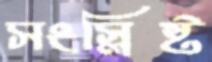
সংস্লিষ্ট